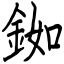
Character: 銣